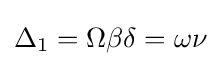
\Delta _{1}=\Omega \beta \delta =\omega \nu